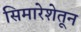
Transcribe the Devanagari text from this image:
सिमारेशेतून